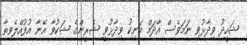
ޝަހީދު ވިދާޅުވި ނަމަވެސް އާދަމް މަނިކު ވިދާޅުވީ ޝެރީންގެ ޝަކުވާ އޭނާ އުފުއްލެވިތާ